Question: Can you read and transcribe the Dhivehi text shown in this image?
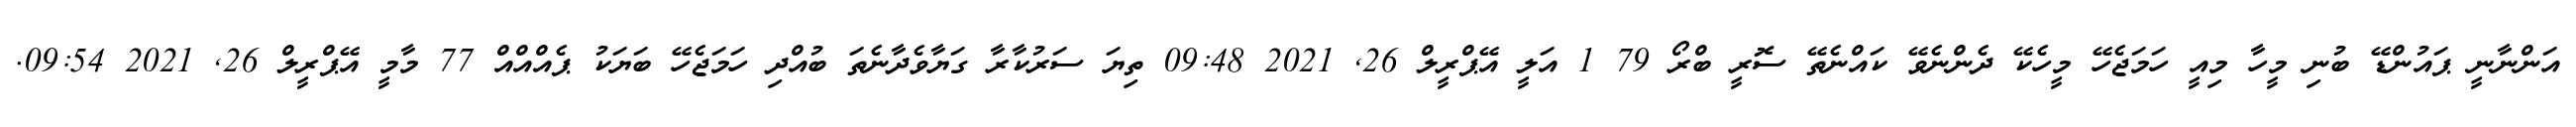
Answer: އަންނާނީ ޕައުންޑޭ ބުނި މީހާ މިއީ ހަމަޖެހޭ މީހެކޭ ދެންނެވޭ ކައްނެތޭ ސޮރީ ބްރޯ 79 1 އަލީ އޭޕްރީލް 26, 2021 09:48 ތިޔަ ސަރުކާރާ ގަޔާވެދާނެތަ ބުއްދި ހަމަޖެހޭ ބަޔަކު ޕެއްއްއް 77 މާމީ އޭޕްރީލް 26, 2021 09:54.